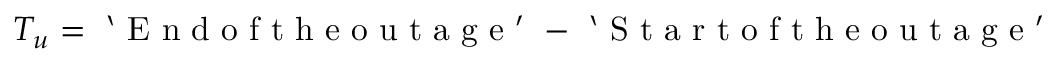
T _ { u } = \mathrm { ~ ` ~ E ~ n ~ d ~ o ~ f ~ t ~ h ~ e ~ o ~ u ~ t ~ a ~ g ~ e ~ ' ~ } - \mathrm { ~ ` ~ S ~ t ~ a ~ r ~ t ~ o ~ f ~ t ~ h ~ e ~ o ~ u ~ t ~ a ~ g ~ e ~ ' ~ }